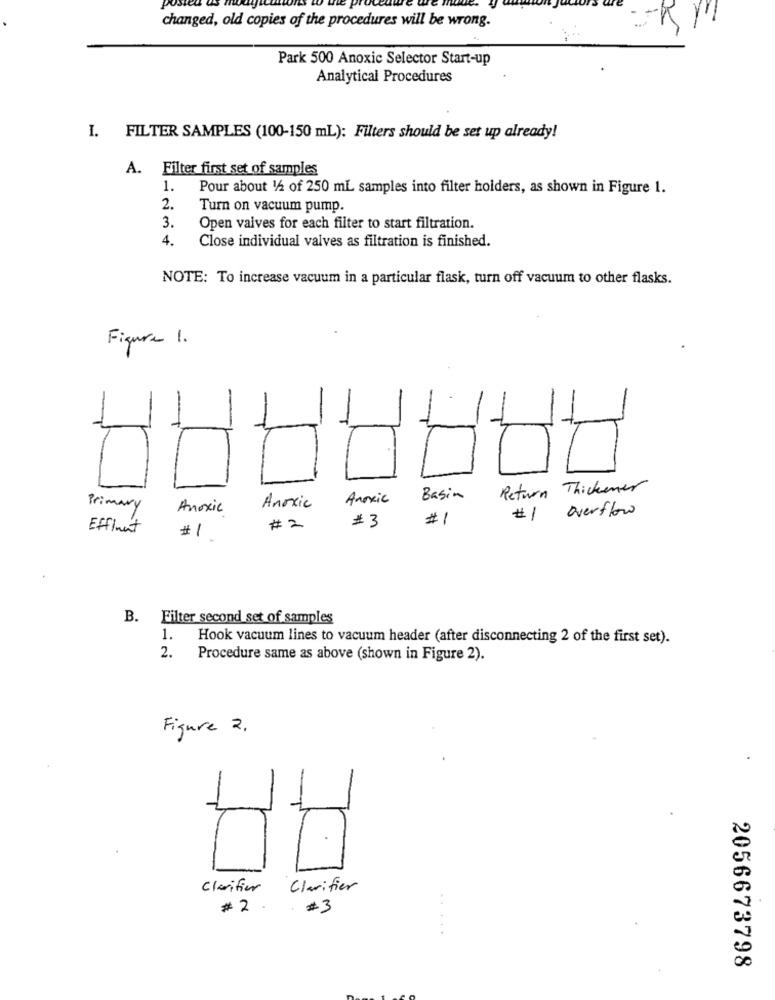
changed, old copies of the procedures will be wrong.
Park 500 Anoxic Selector Start-up
Analytical Procedures
I. FILTER SAMPLES (100-150 mL): Filters should be set up already!
A. Filter first set of samples
1.
Pour about 1/2 of 250 mL samples into filter holders, as shown in Figure 1.
2.
Turn on vacuum pump.
3.
Open valves for each filter to start filtration.
4.
Close individual valves as filtration is finished.
NOTE: To increase vacuum in a particular flask, turn off vacuum to other flasks.
Figure 1.
Return Thickener
Anoxic
Basin
Primary
Anoxic
Anoxic
# 1 overflow
#1
Effinnt
-
#2
#3
B. Filter second set of samples
1.
Hook vacuum lines to vacuum header (after disconnecting 2 of the first set).
2.
Procedure same as above (shown in Figure 2).
Figure 2.
Clarifier
Clarifier
# 2 #3
.. ...
2056673798